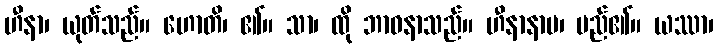
ဟီနာ၊ ယုတ်သည်။ ဟောတိ၊ ၏။ သာ၊ ထို ဘာဝနာသည်။ ဟီနာနာမ၊ မည်၏။ ယဿာ၊